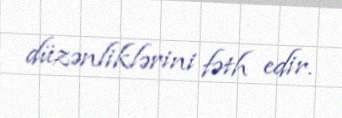
düzənliklərini fəth edir.